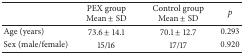
|  | PEX groupMean ± SD | Control groupMean ± SD | p |
 | --- | --- | --- | --- |
 | Age (years) | 73.6 ± 14.1 | 70.1 ± 12.7 | 0.293 |
 | Sex (male/female) | 15/16 | 17/17 | 0.920 |